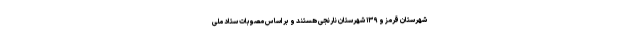
شهرستان قرمز و ۱۳۹ شهرستان نارنجی هستند و بر اساس مصوبات ستاد ملی